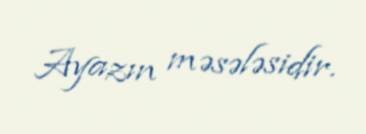
Ayazın məsələsidir.